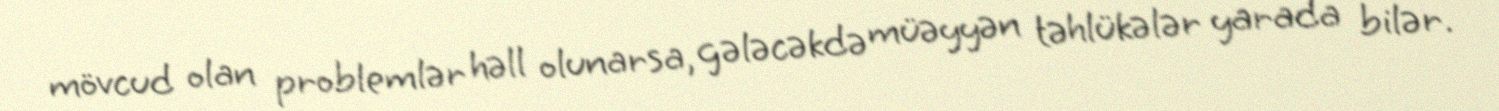
mövcud olan problemlər həll olunarsa, gələcəkdə müəyyən təhlükələr yarada bilər.